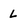
Character: l